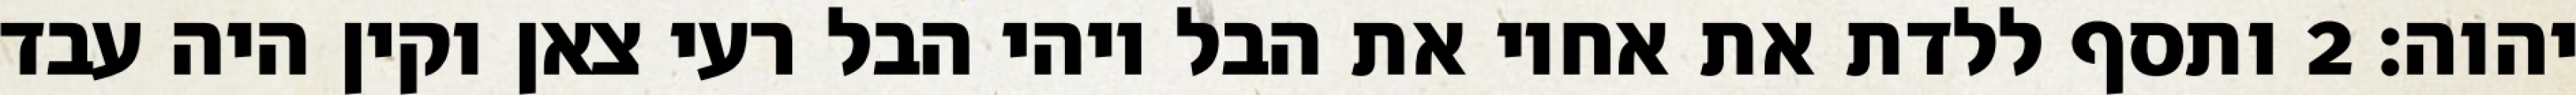
יהוה׃ ‎2‏ ותסף ללדת את אחיו את הבל ויהי הבל רעי צאן וקין היה עבד